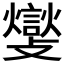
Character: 𮘽